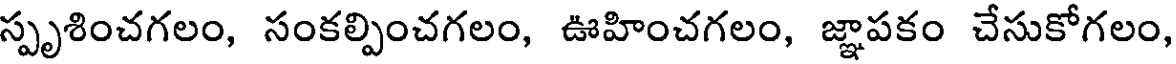
స్పృశించగలం, సంకల్పించగలం, ఊహించగలం, జ్ఞాపకం చేసుకోగలం,